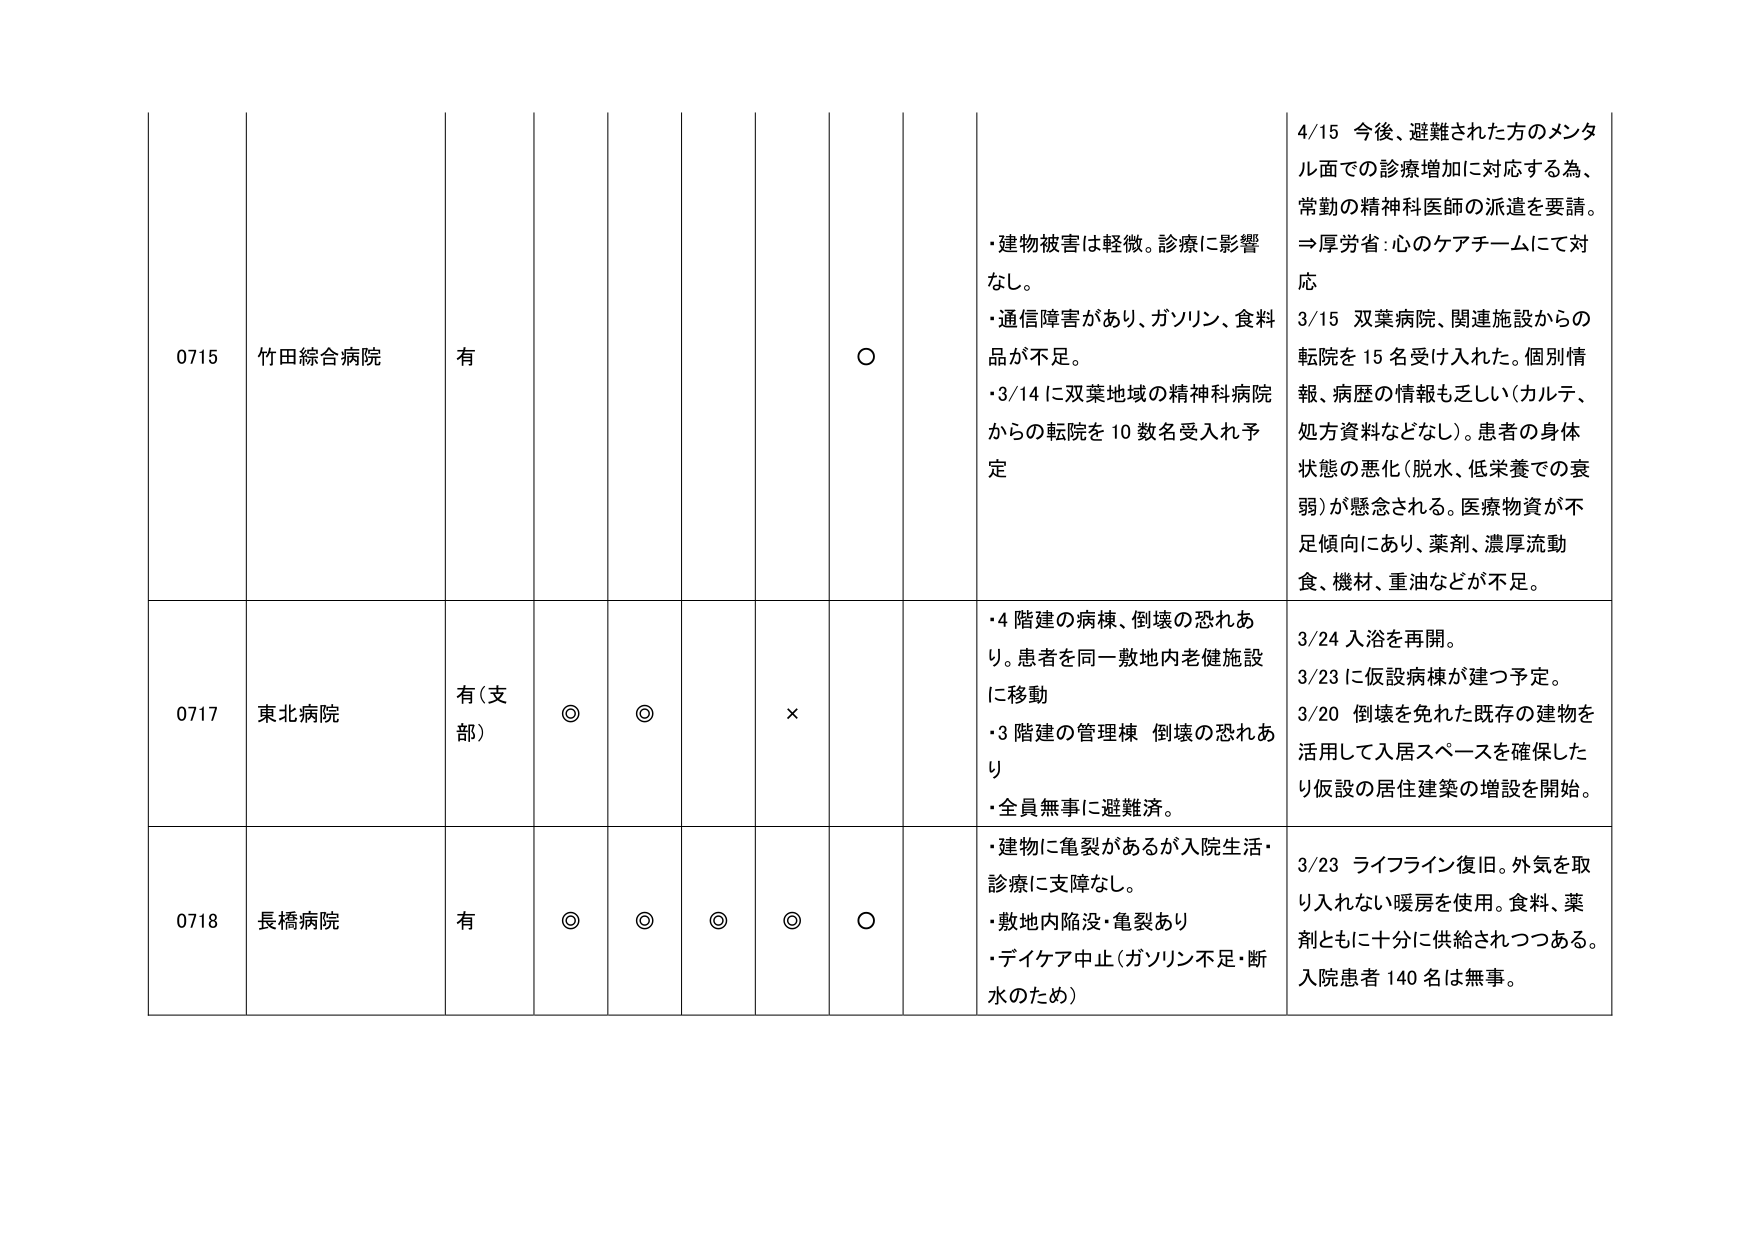
0715 竹田綜合病院 有 ○
・建物被害は軽微。診療に影響なし。
・通信障害があり、ガソリン、食料品が不足。
・3/14 に双葉地域の精神科病院からの転院を 10 数名受入れ予定
4/15 今後、避難された方のメンタル面での診療増加に対応する為、常勤の精神科医師の派遣を要請。⇒厚労省：心のケアチームにて対応
3/15 双葉病院、関連施設からの転院を 15 名受け入れた。個別情報、病歴の情報も乏しい（カルテ、処方資料などなし）。患者の身体状態の悪化（脱水、低栄養での衰弱）が懸念される。医療物資が不足傾向にあり、薬剤、濃厚流動食、機材、重油などが不足。

0717 東北病院 有（支部） ◎ ◎ ×
・4 階建の病棟、倒壊の恐れあり。患者を同一敷地内老健施設に移動
・3 階建の管理棟 倒壊の恐れあり
・全員無事に避難済。
3/24 入浴を再開。
3/23 に仮設病棟が建つ予定。
3/20 倒壊を免れた既存の建物を活用して入居スペースを確保したり仮設の居住建築の増設を開始。

0718 長橋病院 有 ◎ ◎ ◎ ◎ ○
・建物に亀裂があるが入院生活・診療に支障なし。
・敷地内陥没・亀裂あり
・デイケア中止（ガソリン不足・断水のため）
3/23 ライフライン復旧。外気を取り入れない暖房を使用。食料、薬剤ともに十分に供給されつつある。入院患者 140 名は無事。